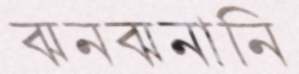
ঝনঝনানি